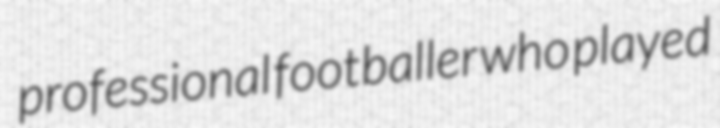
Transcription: professional footballer who played